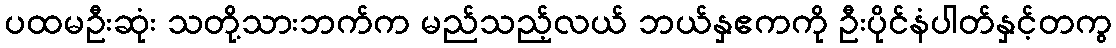
ပထမဦးဆုံး သတို့သားဘက်က မည်သည့်လယ် ဘယ်နှဧကကို ဦးပိုင်နံပါတ်နှင့်တကွ